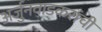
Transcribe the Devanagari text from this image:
अर्जुनवाडकरांची